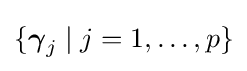
\{{\boldsymbol {\gamma }}_{j}\mid j=1,\ldots ,p\}